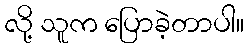
လို့ သူက ပြောခဲ့တာပါ။